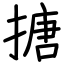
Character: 搪